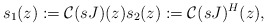
\begin{align*}s_1(z):=\mathcal{C}(sJ)(z) s_2(z):=\mathcal{C}(sJ)^{H}(z),\end{align*}